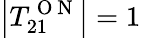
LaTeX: \left|T_{21}^{\mathrm{~O~N~}}\right|=1